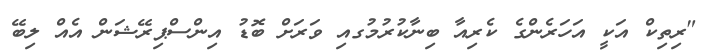
"ރިތިކް އަކީ އަހަރެންގެ ކެރިއާ ބިނާކުރުމުގއި ވަރަށް ބޮޑު އިންސްޕިރޭޝަން އެއް ލިބޭ